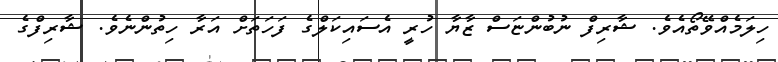
ހިލަމެއްވޭތޯއެވެ. ޝާރިފް ނުބުންޏަސް ޒާޔާ ހުރީ އެސައިކަލްގެ ފަހަތަށް އަރާ ހިތުންނެވެ. ޝާރިފްގެ